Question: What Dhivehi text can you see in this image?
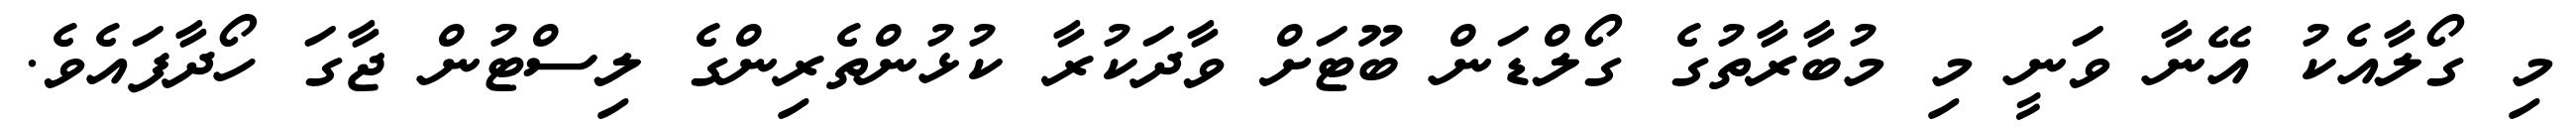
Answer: މި ގޯލާއެކު އޭނާ ވަނީ މި މުބާރާތުގެ ގޯލްޑަން ބޫޓަށް ވާދަކުރާ ކުޅުންތެރިންގެ ލިސްޓުން ޖާގަ ހޯދާފައެވެ.